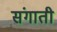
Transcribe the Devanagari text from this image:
संगाती